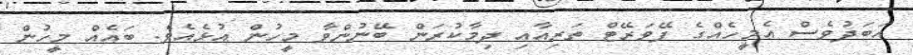
އަބަދުވެސް އެމީހެއްގެ ފޭވަރޭޓް ތަރިއާއި ދިމާކުރަން ބޭނުންވާ މީހުން އުޅެއެވެ. ބައެއް މީހުން